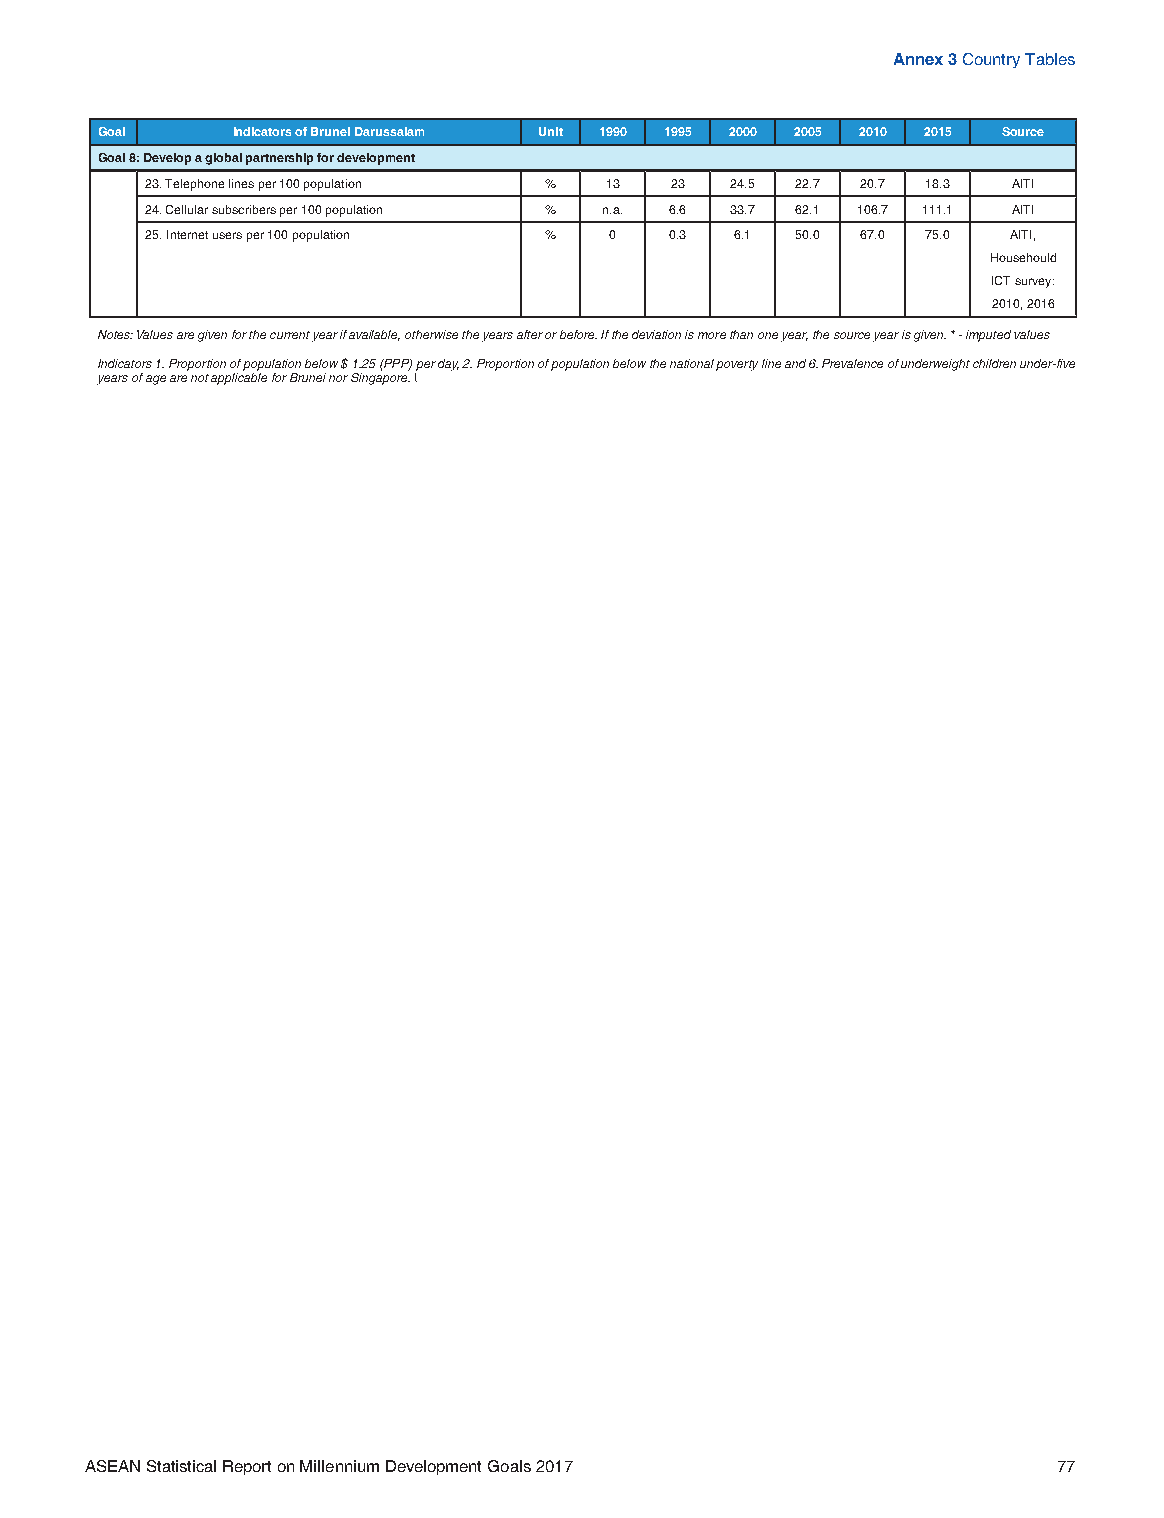
Annex 3 Country Tables
 Goal     Indicators of Brunei Darussalam Unit 1990 1995 2000 2005 2010 2015 Source
 Goal 8: Develop a global partnership for development
 23. Telephone lines per 100 population % 13 23 24.5 22.7 20.7 18.3 AITI
 24. Cellular subscribers per 100 population % n.a. 6.6 33.7 62.1 106.7 111.1 AITI
 25. Internet users per 100 population % 0 0.3 6.1 50.0 67.0 75.0 AITI,
 Househould
 ICT survey:
 2010, 2016
 Notes: Values are given for the current year if available, otherwise the years after or before. If the deviation is more than one year, the source year is given. * - imputed values
 Indicators 1. Proportion of population below $ 1.25 (PPP) per day, 2. Proportion of population below the national poverty line and 6. Prevalence of underweight children under-five
 years of age are not applicable for Brunei nor Singapore. \
 ASEAN Statistical Report on Millennium Development Goals 2017   77